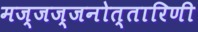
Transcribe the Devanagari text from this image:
मज्जज्जनोत्तारिणी